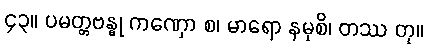
၄၃။ ပမတ္တဗန္ဓု ကဏှော စ၊ မာရော နမုစိ၊ တဿ တု။